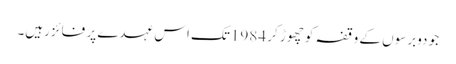
جو دوبرسوں کے وقفہ کو چھوڑ کر 1984تک اس عہدے پر فائزرہیں۔